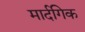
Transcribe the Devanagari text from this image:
मार्दगिक